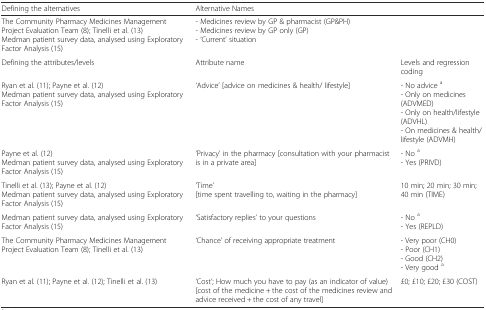
<table><thead><tr><td><b>Defining the alternatives</b></td><td colspan="2"><b>Alternative Names</b></td></tr></thead><tbody><tr><td>The Community Pharmacy Medicines Management Project Evaluation Team (8); Tinelli et al. (13)Medman patient survey data, analysed using Exploratory Factor Analysis (15)</td><td colspan="2">- Medicines review by GP &amp; pharmacist (GP&amp;PH)- Medicines review by GP only (GP)- ‘Current’ situation</td></tr><tr><td>Defining the attributes/levels</td><td>Attribute name</td><td>Levels and regression coding</td></tr><tr><td>Ryan et al. (11); Payne et al. (12)Medman patient survey data, analysed using Exploratory Factor Analysis (15)</td><td>‘Advice’ [advice on medicines &amp; health/ lifestyle]</td><td>- No advice <sup>a</sup>- Only on medicines (ADVMED)- Only on health/lifestyle (ADVHL)- On medicines &amp; health/lifestyle (ADVMH)</td></tr><tr><td>Payne et al. (12)Medman patient survey data, analysed using Exploratory Factor Analysis (15)</td><td>‘Privacy’ in the pharmacy [consultation with your pharmacist is in a private area]</td><td>- No <sup>a</sup>- Yes (PRIVD)</td></tr><tr><td>Tinelli et al. (13); Payne et al. (12)Medman patient survey data, analysed using Exploratory Factor Analysis (15)</td><td>‘Time’[time spent travelling to, waiting in the pharmacy]</td><td>10 min; 20 min; 30 min; 40 min (TIME)</td></tr><tr><td>Medman patient survey data, analysed using Exploratory Factor Analysis (15)</td><td>‘Satisfactory replies’ to your questions</td><td>- No <sup>a</sup>- Yes (REPLD)</td></tr><tr><td>The Community Pharmacy Medicines Management Project Evaluation Team (8); Tinelli et al. (13)</td><td>‘Chance’ of receiving appropriate treatment</td><td>- Very poor (CH0)- Poor (CH1)- Good (CH2)- Very good <sup>a</sup></td></tr><tr><td>Ryan et al. (11); Payne et al. (12); Tinelli et al. (13)</td><td>‘Cost’; How much you have to pay (as an indicator of value)[cost of the medicine + the cost of the medicines review and advice received + the cost of any travel]</td><td>£0; £10; £20; £30 (COST)</td></tr></tbody></table>